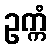
ဥက္ကံ